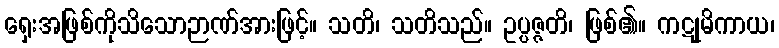
ရှေးအဖြစ်ကိုသိသောဉာဏ်အားဖြင့်။ သတိ၊ သတိသည်။ ဥပ္ပဇ္ဇတိ၊ ဖြစ်၏။ ကဋုမိကာယ၊